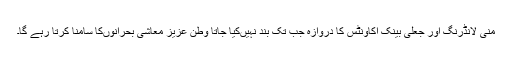
منی لانڈرنگ اور جعلی بینک اکاونٹس کا دروازہ جب تک بند نہیںکیا جاتا وطن عزیز معاشی بحرانوںکا سامنا کرتا رہے گا۔